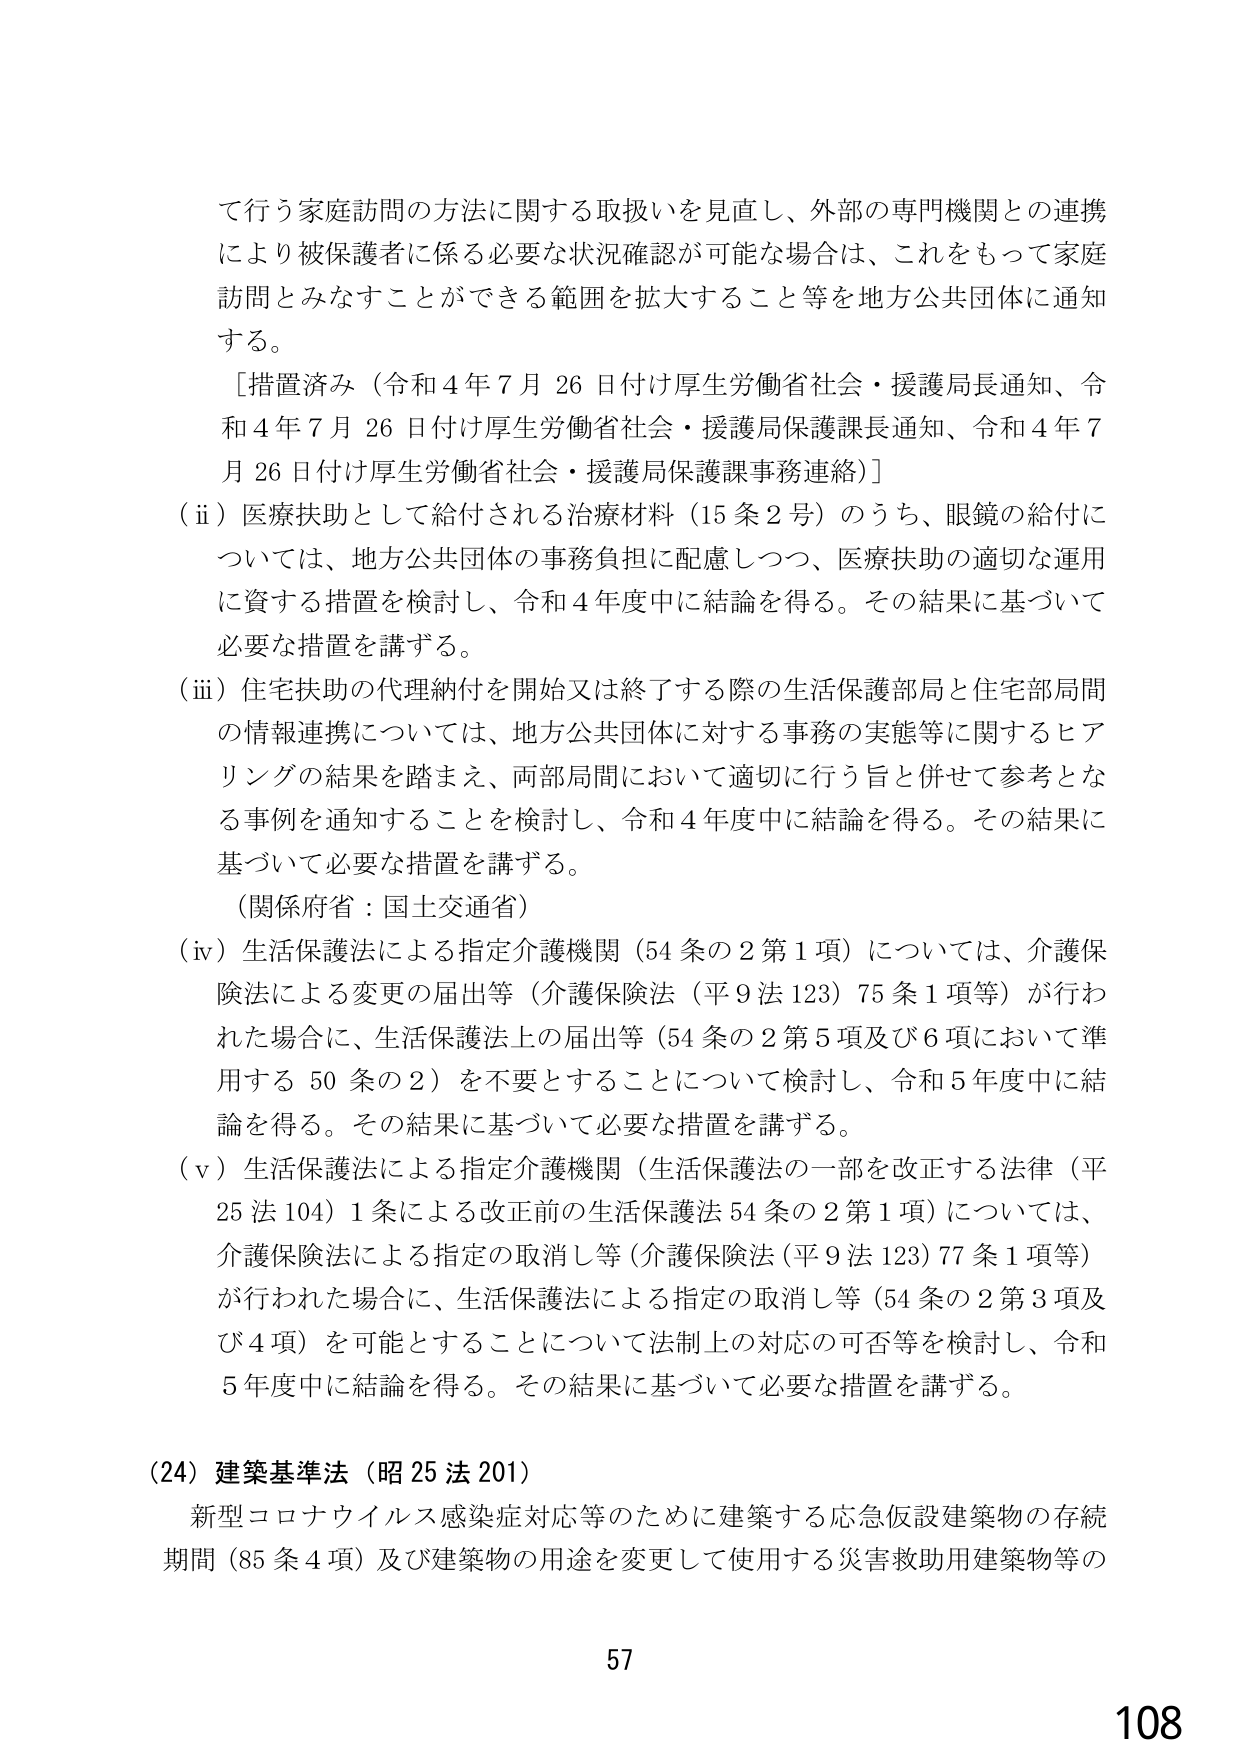
て行う家庭訪問の方法に関する取扱いを見直し、外部の専門機関との連携により被保護者に係る必要な状況確認が可能な場合は、これをもって家庭訪問とみなすことができる範囲を拡大すること等を地方公共団体に通知する。

［措置済み（令和４年７月２６日付け厚生労働省社会・援護局長通知、令和４年７月２６日付け厚生労働省社会・援護局保護課長通知、令和４年７月２６日付け厚生労働省社会・援護局保護課事務連絡）］

（ⅱ）医療扶助として給付される治療材料（15条2号）のうち、眼鏡の給付については、地方公共団体の事務負担に配慮しつつ、医療扶助の適切な運用に資する措置を検討し、令和４年度中に結論を得る。その結果に基づいて必要な措置を講ずる。

（ⅲ）住宅扶助の代理納付を開始又は終了する際の生活保護部局と住宅部局間の情報連携については、地方公共団体に対する事務の実態等に関するヒアリングの結果を踏まえ、両部局間において適切に行う旨と併せて参考となる事例を通知することを検討し、令和４年度中に結論を得る。その結果に基づいて必要な措置を講ずる。

（関係府省：国土交通省）

（ⅳ）生活保護法による指定介護機関（54条の2第1項）については、介護保険法による変更の届出等（介護保険法（平9法123）75条1項等）が行われた場合に、生活保護法上の届出等（54条の2第5項及び6項において準用する50条の2）を不要とすることについて検討し、令和5年度中に結論を得る。その結果に基づいて必要な措置を講ずる。

（ⅴ）生活保護法による指定介護機関（生活保護法の一部を改正する法律（平25法104）1条による改正前の生活保護法54条の2第1項）については、介護保険法による指定の取消し等（介護保険法（平9法123）77条1項等）が行われた場合に、生活保護法による指定の取消し等（54条の2第3項及び4項）を可能とすることについて法制上の対応の可否等を検討し、令和5年度中に結論を得る。その結果に基づいて必要な措置を講ずる。

（24）建築基準法（昭25法201）

新型コロナウイルス感染症対応等のために建築する応急仮設建築物の存続期間（85条4項）及び建築物の用途を変更して使用する災害救助用建築物等の

57
108